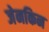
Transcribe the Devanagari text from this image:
जेनकिन